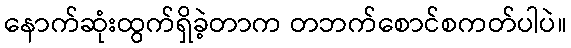
နောက်ဆုံးထွက်ရှိခဲ့တာက တဘက်စောင်စကတ်ပါပဲ။